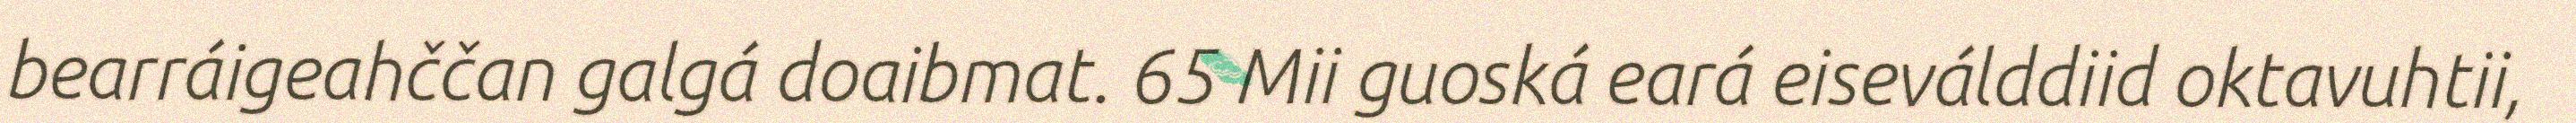
bearráigeahččan galgá doaibmat. 65 Mii guoská eará eiseválddiid oktavuhtii,